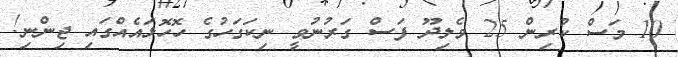
10 މަސް ކުރިން 25 ވެލިދޫ ފަސް ގަރުނުވީ ނިކަގަހުގެ ހޮހޮޅައެއްގައި ޖިންނި!